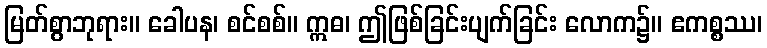
မြတ်စွာဘုရား။ ခေါပန၊ စင်စစ်။ ဣဓ၊ ဤဖြစ်ခြင်းပျက်ခြင်း လောက၌။ ဧကစ္စဿ၊